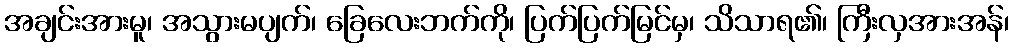
အချင်းအားမူ၊ အသွားမပျက်၊ ခြေလေးဘက်ကို၊ ပြက်ပြက်မြင်မှ၊ သိသာရ၏၊ ကြီးလှအားအန်၊